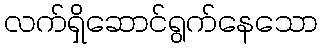
လက်ရှိဆောင်ရွက်နေသော